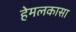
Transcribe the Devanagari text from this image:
हेमलकासा